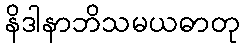
နိဒါနာဘိသမယဓာတု